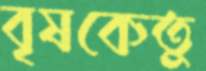
বৃষকেতু